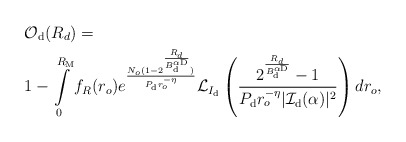
\begin{align*}&\!\!\!\!\!\!\! \mathcal{O}_{\rm d}(R_d)= \\&\!\!\!\!\!\!\! 1-\int\limits_{0}^{R_{\rm M}} f_{R}(r_o)e^{ \frac{N_o (1-2^{\frac{R_{d}}{B_{\rm d}^{\alpha {\rm D}}}})}{ P_{\rm d} r_o^{-\eta}}} \mathcal{L}_{I_{\rm d}} \left(\frac{2^{\frac{R_{d}}{B_{\rm d}^{\alpha {\rm D}}}}-1}{P_{\rm d} r_o^{-\eta} |\mathcal{I}_{\rm d} (\alpha)|^2} \right)d r_o,\end{align*}